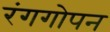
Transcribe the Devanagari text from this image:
रंगगोपन